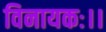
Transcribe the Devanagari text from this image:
विनायकः।।